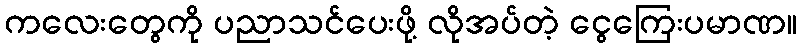
ကလေးတွေကို ပညာသင်ပေးဖို့ လိုအပ်တဲ့ ငွေကြေးပမာဏ။